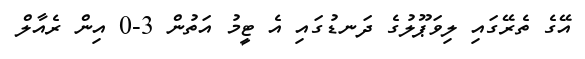
އޭގެ ތެރޭގައި ލިވަޕޫލުގެ ދަނޑުގައި އެ ޓީމު އަތުން 3-0 އިން ރެއާލް